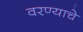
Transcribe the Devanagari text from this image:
वरण्याचे